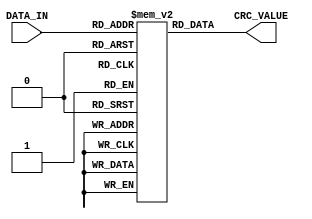
`timescale 1ns / 1ps
//////////////////////////////////////////////////////////////////////////////////
// Company: 
// Engineer: 
// 
// Design Name: 
// Module Name: lut_06
// Project Name: 
// Target Devices: 
// Tool Versions: 
// Description: 
// 
// Dependencies: 
// 
// Revision:
// Revision 0.01 - File Created
// Additional Comments:
// 
//////////////////////////////////////////////////////////////////////////////////


module lut_06(
    input [7:0] DATA_IN,
    output [31:0] CRC_VALUE
    );
    
    
    reg [31:0] rom[255:0];
    assign CRC_VALUE = rom[DATA_IN];
    
    initial
    begin
        rom[0] <= 32'h00000000;
        rom[1] <= 32'h1b280d78;
        rom[2] <= 32'h36501af0;
        rom[3] <= 32'h2d781788;
        rom[4] <= 32'h6ca035e0;
        rom[5] <= 32'h77883898;
        rom[6] <= 32'h5af02f10;
        rom[7] <= 32'h41d82268;
        rom[8] <= 32'hd9406bc0;
        rom[9] <= 32'hc26866b8;
        rom[10] <= 32'hef107130;
        rom[11] <= 32'hf4387c48;
        rom[12] <= 32'hb5e05e20;
        rom[13] <= 32'haec85358;
        rom[14] <= 32'h83b044d0;
        rom[15] <= 32'h989849a8;
        rom[16] <= 32'hb641ca37;
        rom[17] <= 32'had69c74f;
        rom[18] <= 32'h8011d0c7;
        rom[19] <= 32'h9b39ddbf;
        rom[20] <= 32'hdae1ffd7;
        rom[21] <= 32'hc1c9f2af;
        rom[22] <= 32'hecb1e527;
        rom[23] <= 32'hf799e85f;
        rom[24] <= 32'h6f01a1f7;
        rom[25] <= 32'h7429ac8f;
        rom[26] <= 32'h5951bb07;
        rom[27] <= 32'h4279b67f;
        rom[28] <= 32'h03a19417;
        rom[29] <= 32'h1889996f;
        rom[30] <= 32'h35f18ee7;
        rom[31] <= 32'h2ed9839f;
        rom[32] <= 32'h684289d9;
        rom[33] <= 32'h736a84a1;
        rom[34] <= 32'h5e129329;
        rom[35] <= 32'h453a9e51;
        rom[36] <= 32'h04e2bc39;
        rom[37] <= 32'h1fcab141;
        rom[38] <= 32'h32b2a6c9;
        rom[39] <= 32'h299aabb1;
        rom[40] <= 32'hb102e219;
        rom[41] <= 32'haa2aef61;
        rom[42] <= 32'h8752f8e9;
        rom[43] <= 32'h9c7af591;
        rom[44] <= 32'hdda2d7f9;
        rom[45] <= 32'hc68ada81;
        rom[46] <= 32'hebf2cd09;
        rom[47] <= 32'hf0dac071;
        rom[48] <= 32'hde0343ee;
        rom[49] <= 32'hc52b4e96;
        rom[50] <= 32'he853591e;
        rom[51] <= 32'hf37b5466;
        rom[52] <= 32'hb2a3760e;
        rom[53] <= 32'ha98b7b76;
        rom[54] <= 32'h84f36cfe;
        rom[55] <= 32'h9fdb6186;
        rom[56] <= 32'h0743282e;
        rom[57] <= 32'h1c6b2556;
        rom[58] <= 32'h311332de;
        rom[59] <= 32'h2a3b3fa6;
        rom[60] <= 32'h6be31dce;
        rom[61] <= 32'h70cb10b6;
        rom[62] <= 32'h5db3073e;
        rom[63] <= 32'h469b0a46;
        rom[64] <= 32'hd08513b2;
        rom[65] <= 32'hcbad1eca;
        rom[66] <= 32'he6d50942;
        rom[67] <= 32'hfdfd043a;
        rom[68] <= 32'hbc252652;
        rom[69] <= 32'ha70d2b2a;
        rom[70] <= 32'h8a753ca2;
        rom[71] <= 32'h915d31da;
        rom[72] <= 32'h09c57872;
        rom[73] <= 32'h12ed750a;
        rom[74] <= 32'h3f956282;
        rom[75] <= 32'h24bd6ffa;
        rom[76] <= 32'h65654d92;
        rom[77] <= 32'h7e4d40ea;
        rom[78] <= 32'h53355762;
        rom[79] <= 32'h481d5a1a;
        rom[80] <= 32'h66c4d985;
        rom[81] <= 32'h7decd4fd;
        rom[82] <= 32'h5094c375;
        rom[83] <= 32'h4bbcce0d;
        rom[84] <= 32'h0a64ec65;
        rom[85] <= 32'h114ce11d;
        rom[86] <= 32'h3c34f695;
        rom[87] <= 32'h271cfbed;
        rom[88] <= 32'hbf84b245;
        rom[89] <= 32'ha4acbf3d;
        rom[90] <= 32'h89d4a8b5;
        rom[91] <= 32'h92fca5cd;
        rom[92] <= 32'hd32487a5;
        rom[93] <= 32'hc80c8add;
        rom[94] <= 32'he5749d55;
        rom[95] <= 32'hfe5c902d;
        rom[96] <= 32'hb8c79a6b;
        rom[97] <= 32'ha3ef9713;
        rom[98] <= 32'h8e97809b;
        rom[99] <= 32'h95bf8de3;
        rom[100] <= 32'hd467af8b;
        rom[101] <= 32'hcf4fa2f3;
        rom[102] <= 32'he237b57b;
        rom[103] <= 32'hf91fb803;
        rom[104] <= 32'h6187f1ab;
        rom[105] <= 32'h7aaffcd3;
        rom[106] <= 32'h57d7eb5b;
        rom[107] <= 32'h4cffe623;
        rom[108] <= 32'h0d27c44b;
        rom[109] <= 32'h160fc933;
        rom[110] <= 32'h3b77debb;
        rom[111] <= 32'h205fd3c3;
        rom[112] <= 32'h0e86505c;
        rom[113] <= 32'h15ae5d24;
        rom[114] <= 32'h38d64aac;
        rom[115] <= 32'h23fe47d4;
        rom[116] <= 32'h622665bc;
        rom[117] <= 32'h790e68c4;
        rom[118] <= 32'h54767f4c;
        rom[119] <= 32'h4f5e7234;
        rom[120] <= 32'hd7c63b9c;
        rom[121] <= 32'hccee36e4;
        rom[122] <= 32'he196216c;
        rom[123] <= 32'hfabe2c14;
        rom[124] <= 32'hbb660e7c;
        rom[125] <= 32'ha04e0304;
        rom[126] <= 32'h8d36148c;
        rom[127] <= 32'h961e19f4;
        rom[128] <= 32'ha5cb3ad3;
        rom[129] <= 32'hbee337ab;
        rom[130] <= 32'h939b2023;
        rom[131] <= 32'h88b32d5b;
        rom[132] <= 32'hc96b0f33;
        rom[133] <= 32'hd243024b;
        rom[134] <= 32'hff3b15c3;
        rom[135] <= 32'he41318bb;
        rom[136] <= 32'h7c8b5113;
        rom[137] <= 32'h67a35c6b;
        rom[138] <= 32'h4adb4be3;
        rom[139] <= 32'h51f3469b;
        rom[140] <= 32'h102b64f3;
        rom[141] <= 32'h0b03698b;
        rom[142] <= 32'h267b7e03;
        rom[143] <= 32'h3d53737b;
        rom[144] <= 32'h138af0e4;
        rom[145] <= 32'h08a2fd9c;
        rom[146] <= 32'h25daea14;
        rom[147] <= 32'h3ef2e76c;
        rom[148] <= 32'h7f2ac504;
        rom[149] <= 32'h6402c87c;
        rom[150] <= 32'h497adff4;
        rom[151] <= 32'h5252d28c;
        rom[152] <= 32'hcaca9b24;
        rom[153] <= 32'hd1e2965c;
        rom[154] <= 32'hfc9a81d4;
        rom[155] <= 32'he7b28cac;
        rom[156] <= 32'ha66aaec4;
        rom[157] <= 32'hbd42a3bc;
        rom[158] <= 32'h903ab434;
        rom[159] <= 32'h8b12b94c;
        rom[160] <= 32'hcd89b30a;
        rom[161] <= 32'hd6a1be72;
        rom[162] <= 32'hfbd9a9fa;
        rom[163] <= 32'he0f1a482;
        rom[164] <= 32'ha12986ea;
        rom[165] <= 32'hba018b92;
        rom[166] <= 32'h97799c1a;
        rom[167] <= 32'h8c519162;
        rom[168] <= 32'h14c9d8ca;
        rom[169] <= 32'h0fe1d5b2;
        rom[170] <= 32'h2299c23a;
        rom[171] <= 32'h39b1cf42;
        rom[172] <= 32'h7869ed2a;
        rom[173] <= 32'h6341e052;
        rom[174] <= 32'h4e39f7da;
        rom[175] <= 32'h5511faa2;
        rom[176] <= 32'h7bc8793d;
        rom[177] <= 32'h60e07445;
        rom[178] <= 32'h4d9863cd;
        rom[179] <= 32'h56b06eb5;
        rom[180] <= 32'h17684cdd;
        rom[181] <= 32'h0c4041a5;
        rom[182] <= 32'h2138562d;
        rom[183] <= 32'h3a105b55;
        rom[184] <= 32'ha28812fd;
        rom[185] <= 32'hb9a01f85;
        rom[186] <= 32'h94d8080d;
        rom[187] <= 32'h8ff00575;
        rom[188] <= 32'hce28271d;
        rom[189] <= 32'hd5002a65;
        rom[190] <= 32'hf8783ded;
        rom[191] <= 32'he3503095;
        rom[192] <= 32'h754e2961;
        rom[193] <= 32'h6e662419;
        rom[194] <= 32'h431e3391;
        rom[195] <= 32'h58363ee9;
        rom[196] <= 32'h19ee1c81;
        rom[197] <= 32'h02c611f9;
        rom[198] <= 32'h2fbe0671;
        rom[199] <= 32'h34960b09;
        rom[200] <= 32'hac0e42a1;
        rom[201] <= 32'hb7264fd9;
        rom[202] <= 32'h9a5e5851;
        rom[203] <= 32'h81765529;
        rom[204] <= 32'hc0ae7741;
        rom[205] <= 32'hdb867a39;
        rom[206] <= 32'hf6fe6db1;
        rom[207] <= 32'hedd660c9;
        rom[208] <= 32'hc30fe356;
        rom[209] <= 32'hd827ee2e;
        rom[210] <= 32'hf55ff9a6;
        rom[211] <= 32'hee77f4de;
        rom[212] <= 32'hafafd6b6;
        rom[213] <= 32'hb487dbce;
        rom[214] <= 32'h99ffcc46;
        rom[215] <= 32'h82d7c13e;
        rom[216] <= 32'h1a4f8896;
        rom[217] <= 32'h016785ee;
        rom[218] <= 32'h2c1f9266;
        rom[219] <= 32'h37379f1e;
        rom[220] <= 32'h76efbd76;
        rom[221] <= 32'h6dc7b00e;
        rom[222] <= 32'h40bfa786;
        rom[223] <= 32'h5b97aafe;
        rom[224] <= 32'h1d0ca0b8;
        rom[225] <= 32'h0624adc0;
        rom[226] <= 32'h2b5cba48;
        rom[227] <= 32'h3074b730;
        rom[228] <= 32'h71ac9558;
        rom[229] <= 32'h6a849820;
        rom[230] <= 32'h47fc8fa8;
        rom[231] <= 32'h5cd482d0;
        rom[232] <= 32'hc44ccb78;
        rom[233] <= 32'hdf64c600;
        rom[234] <= 32'hf21cd188;
        rom[235] <= 32'he934dcf0;
        rom[236] <= 32'ha8ecfe98;
        rom[237] <= 32'hb3c4f3e0;
        rom[238] <= 32'h9ebce468;
        rom[239] <= 32'h8594e910;
        rom[240] <= 32'hab4d6a8f;
        rom[241] <= 32'hb06567f7;
        rom[242] <= 32'h9d1d707f;
        rom[243] <= 32'h86357d07;
        rom[244] <= 32'hc7ed5f6f;
        rom[245] <= 32'hdcc55217;
        rom[246] <= 32'hf1bd459f;
        rom[247] <= 32'hea9548e7;
        rom[248] <= 32'h720d014f;
        rom[249] <= 32'h69250c37;
        rom[250] <= 32'h445d1bbf;
        rom[251] <= 32'h5f7516c7;
        rom[252] <= 32'h1ead34af;
        rom[253] <= 32'h058539d7;
        rom[254] <= 32'h28fd2e5f;
        rom[255] <= 32'h33d52327;
    end
    
endmodule